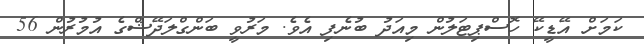
ކަމަށް އޭޑީކޭ ހޮސްޕިޓަލުން މިއަދު ބުނެފި އެވެ. މަރުވީ ބަންގްލަދޭޝްގެ އުމުރުން 56